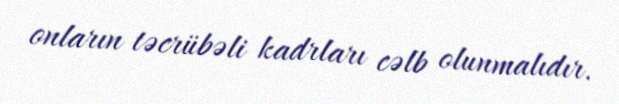
onların təcrübəli kadrları cəlb olunmalıdır.